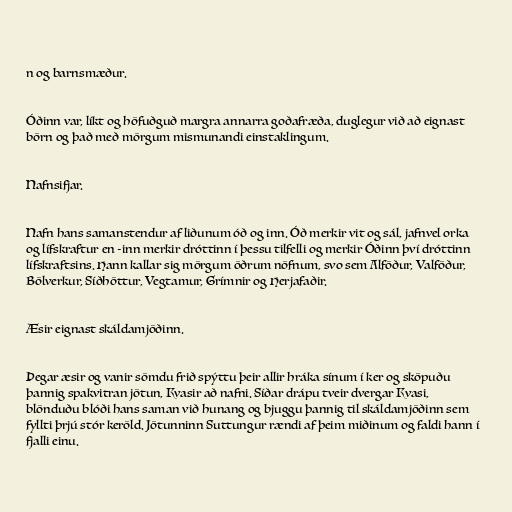
n og barnsmæður.

Óðinn var, líkt og höfuðguð margra annarra goðafræða, duglegur við að eignast
börn og það með mörgum mismunandi einstaklingum.

Nafnsifjar.

Nafn hans samanstendur af liðunum óð og inn. Óð merkir vit og sál, jafnvel orka
og lífskraftur en -inn merkir dróttinn í þessu tilfelli og merkir Óðinn því dróttinn
lífskraftsins. Hann kallar sig mörgum öðrum nöfnum, svo sem Alföður, Valföður,
Bölverkur, Síðhöttur, Vegtamur, Grímnir og Herjafaðir.

Æsir eignast skáldamjöðinn.

Þegar æsir og vanir sömdu frið spýttu þeir allir hráka sínum í ker og sköpuðu
þannig spakvitran jötun, Kvasir að nafni. Síðar drápu tveir dvergar Kvasi,
blönduðu blóði hans saman við hunang og bjuggu þannig til skáldamjöðinn sem
fyllti þrjú stór keröld. Jötunninn Suttungur rændi af þeim miðinum og faldi hann í
fjalli einu.